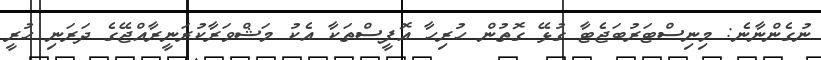
ނުގެންނާނެ: މިނިސްޓަރުބަޖެޓާ ގުޅޭ ގޮތުން ހުރިހާ އޮފީސްތަކާ އެކު މަޝްވަރާކުރަނީރާއްޖޭގެ ދަރަނި ހުރީ